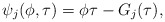
\begin{align*} \psi_j(\phi,\tau) = \phi\tau - G_j(\tau),\end{align*}